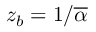
z _ { b } = 1 / \overline { { \alpha } }